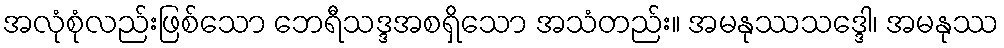
အလုံစုံလည်းဖြစ်သော ဘေရီသဒ္ဒအစရှိသော အသံတည်း။ အမနုဿသဒ္ဒေါ၊ အမနုဿ